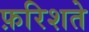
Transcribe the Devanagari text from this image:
फ़रिशते